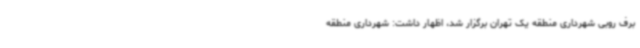
برف روبی شهرداری منطقه یک تهران برگزار شد، اظهار داشت: شهرداری منطقه